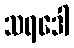
သရဒေါ